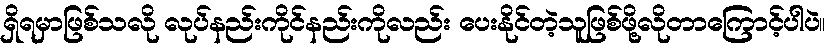
ရှိရမှာဖြစ်သလို လုပ်နည်းကိုင်နည်းကိုလည်း ပေးနိုင်တဲ့သူဖြစ်ဖို့လိုတာကြောင့်ပါပဲ။